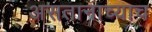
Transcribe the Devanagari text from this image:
असतानाच्याच